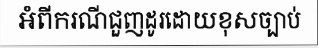
អំពីករណីជួញដូរដោយខុសច្បាប់